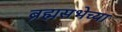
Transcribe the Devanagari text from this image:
ब्रह्मसभेच्या